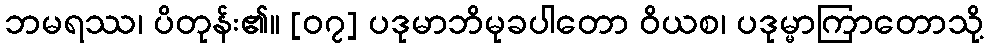
ဘမရဿ၊ ပိတုန်း၏။ [၀၇] ပဒုမာဘိမုခပါတော ဝိယစ၊ ပဒုမ္မာကြာတောသို့